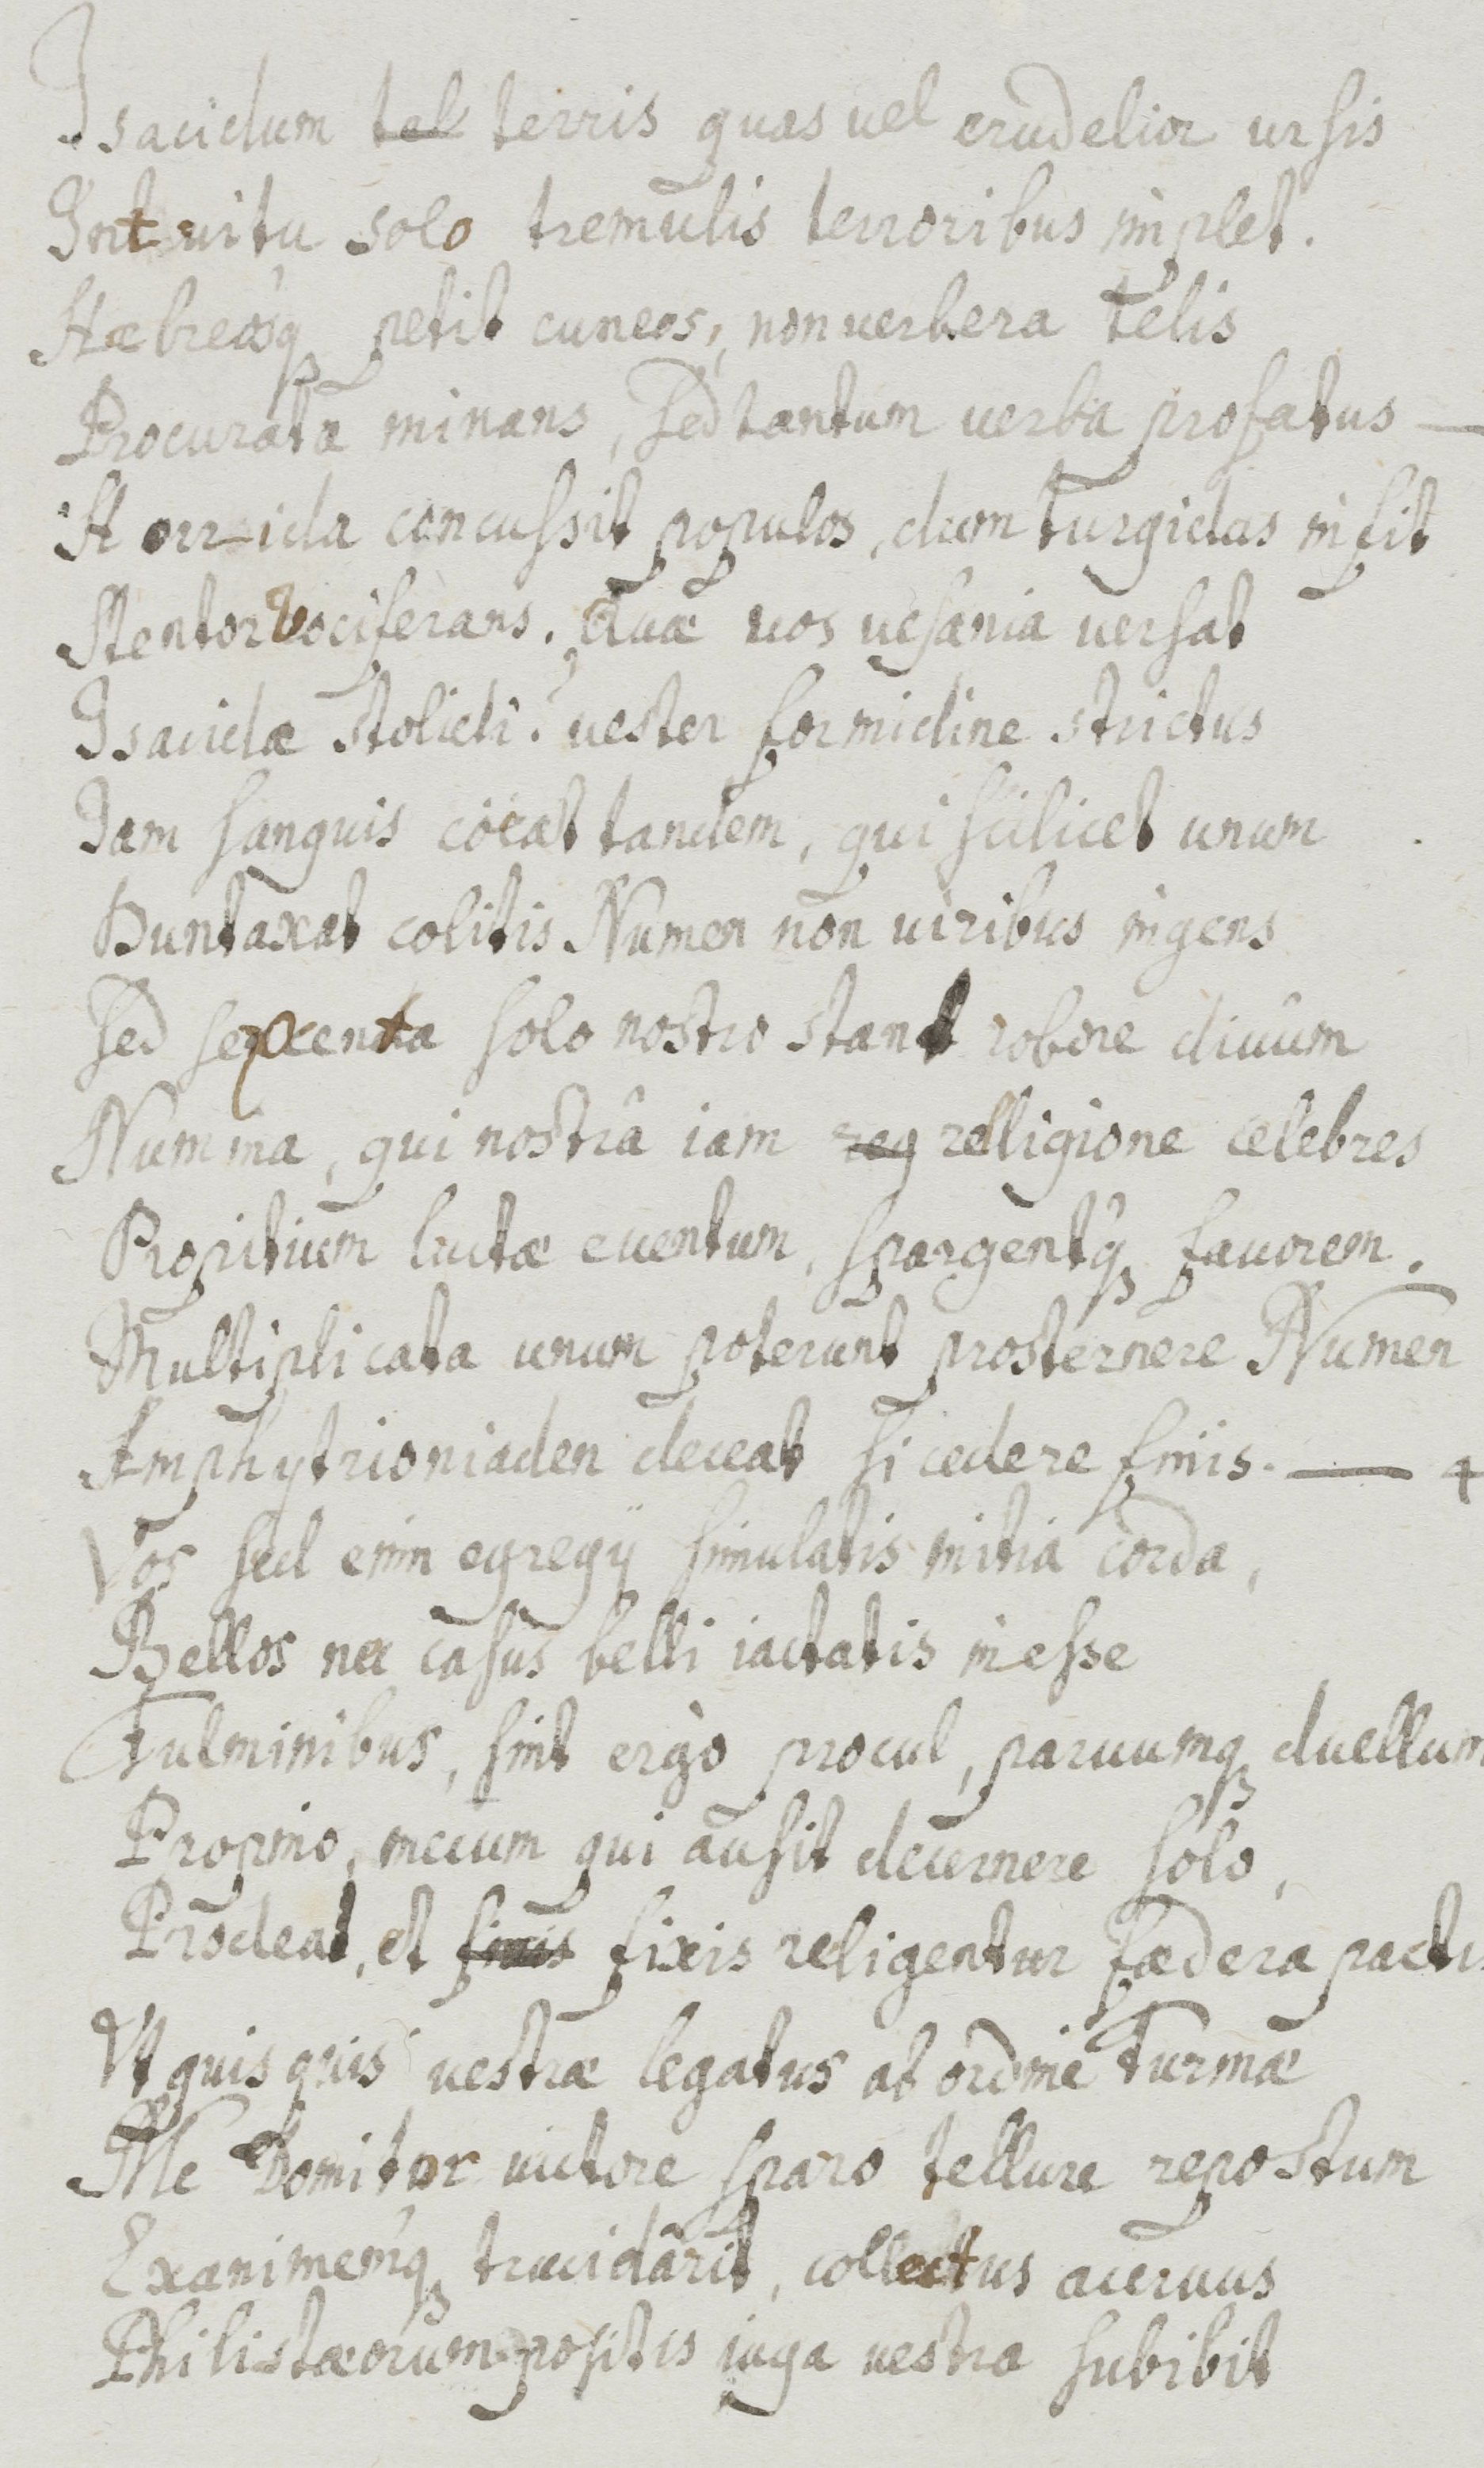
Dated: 1655–1655